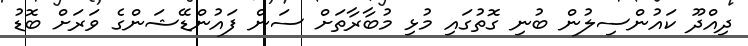
ދިއްދޫ ކައުންސިލުން ބުނި ގޮތުގައި މުޅި މުބާރާތަށް ސަން ފައުންޑޭޝަންގެ ވަރަށް ބޮޑު